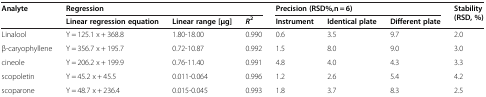
| <ROWSPAN=2> Analyte | <COLSPAN=3> Regression | <COLSPAN=3> Precision (RSD%,n = 6) | <ROWSPAN=2> Stability(RSD, %) |
 | Linear regression equation | Linear range [μg] | R2 | Instrument | Identical plate | Different plate |
 | --- | --- | --- | --- | --- | --- | --- | --- |
 | Linalool | Y = 125.1 x + 368.8 | 1.80-18.00 | 0.990 | 0.6 | 3.5 | 9.7 | 2.0 |
 | β-caryophyllene | Y = 356.7 x + 195.7 | 0.72-10.87 | 0.992 | 1.5 | 8.0 | 9.0 | 3.0 |
 | cineole | Y = 206.2 x + 199.9 | 0.76-11.40 | 0.991 | 4.8 | 4.0 | 4.3 | 3.3 |
 | scopoletin | Y = 45.2 x + 45.5 | 0.011-0.064 | 0.996 | 1.2 | 2.6 | 5.4 | 4.2 |
 | scoparone | Y = 48.7 x + 236.4 | 0.015-0.045 | 0.993 | 1.8 | 3.7 | 8.3 | 2.5 |